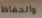
والحفاظ